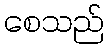
စေသည်